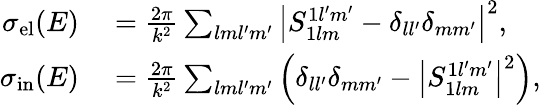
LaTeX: \begin{array}{rl}{\sigma_{\mathrm{el}}(E)}&{{}=\frac{2\pi}{k^{2}}\sum_{lml^{\prime}m^{\prime}}\left|S_{1lm}^{1l^{\prime}m^{\prime}}-\delta_{ll^{\prime}}\delta_{mm^{\prime}}\right|^{2},}\\ {\sigma_{\mathrm{in}}(E)}&{{}=\frac{2\pi}{k^{2}}\sum_{lml^{\prime}m^{\prime}}\left(\delta_{ll^{\prime}}\delta_{mm^{\prime}}-\left|S_{1lm}^{1l^{\prime}m^{\prime}}\right|^{2}\right),}\end{array}